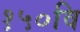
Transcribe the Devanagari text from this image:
१५०वि